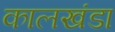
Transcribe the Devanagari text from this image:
कालखंडा